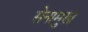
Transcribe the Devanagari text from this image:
सेनामुखं